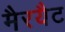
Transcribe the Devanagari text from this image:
मैरयैट